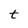
Character: t